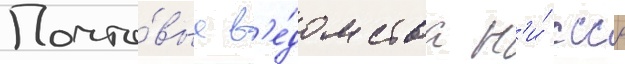
Почто́вые в'е́домства н'и́ ссср